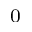
^ 0